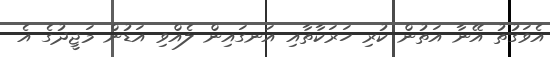
އެވަގުތު އޭނާ އަތުން ކުރި ހަރަކާތާއި އަނގައިން ލެއްވި އަޑުން މަޖީދުގެ އެ